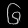
Digit: ၆